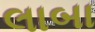
લાબા